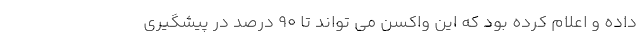
داده و اعلام کرده بود که این واکسن می تواند تا ۹۰ درصد در پیشگیری